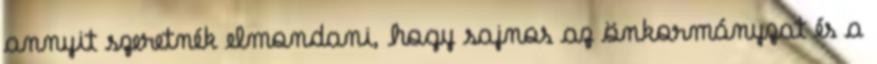
annyit szeretnék elmondani, hogy sajnos az önkormányzat és a